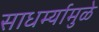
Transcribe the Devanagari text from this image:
साधर्म्यामुळे